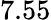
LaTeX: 7.55